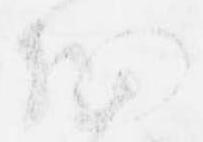
細